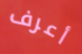
أعرف